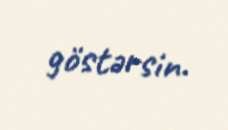
göstərsin.